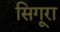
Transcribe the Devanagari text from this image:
सिगूरा